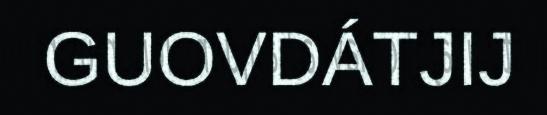
GUOVDÁTJIJ